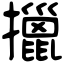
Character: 擸